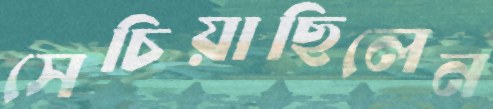
সেচিয়াছিলেন